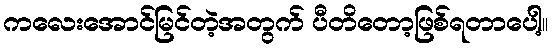
ကလေးအောင်မြင်တဲ့အတွက် ပီတိတော့ဖြစ်ရတာပေါ့။